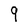
Character: 9